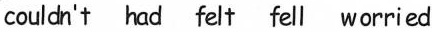
couldh't had felt fell worried